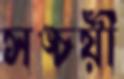
সঙ্চয়ী